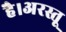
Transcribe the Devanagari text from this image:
है।अरस्तू